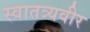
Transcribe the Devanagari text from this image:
स्वातत्र्यवीर